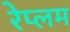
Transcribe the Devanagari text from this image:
रेप्लम